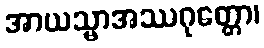
အာယသ္မာအဿဂုတ္တော၊